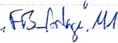
Text: "FB_Anlage".M1